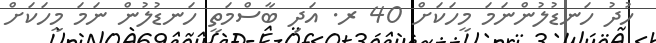
ހުދު ހަނޑުލުންނަމަ މީހަކަށް 40 ރ. އަދި ބާސްމަތީ ހަނޑުލުން ނަމަ މީހަކަށް